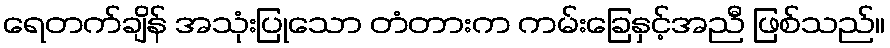
ရေတက်ချိန် အသုံးပြုသော တံတားက ကမ်းခြေနှင့်အညီ ဖြစ်သည်။